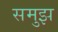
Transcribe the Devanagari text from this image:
समुझ